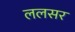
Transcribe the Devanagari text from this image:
ललसर